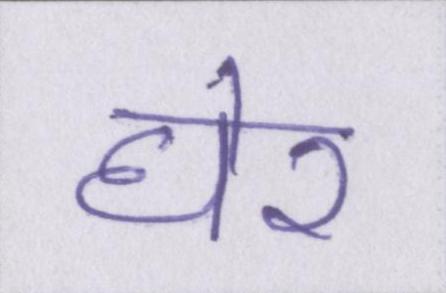
घेर